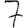
Digit: 7